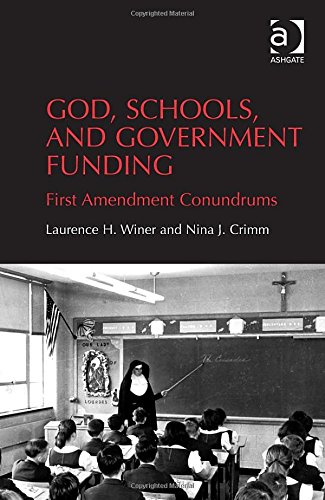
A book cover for God, Schools, and Government Funding: First Amendment Conundrums; Laurence H. Winer; Law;